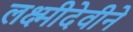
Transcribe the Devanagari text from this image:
लक्ष्मीदेवीने